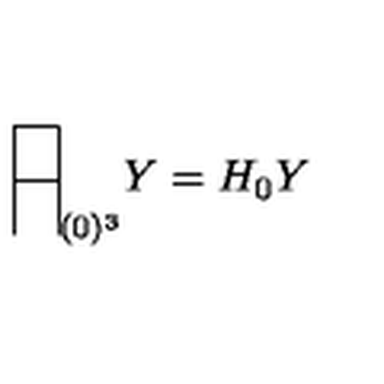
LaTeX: \begin{array} { | c | } \hline { } \\ \hline { } \\ \end{array} _ { ( 0 ) ^ { 3 } } Y = H _ { 0 } Y